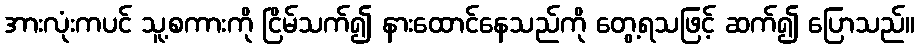
အားလုံးကပင် သူ့စကားကို ငြိမ်သက်၍ နားထောင်နေသည်ကို တွေ့ရသဖြင့် ဆက်၍ ပြောသည်။